Lunatic asylums Burma 1907-21 - 1907-1921
Year: 1907
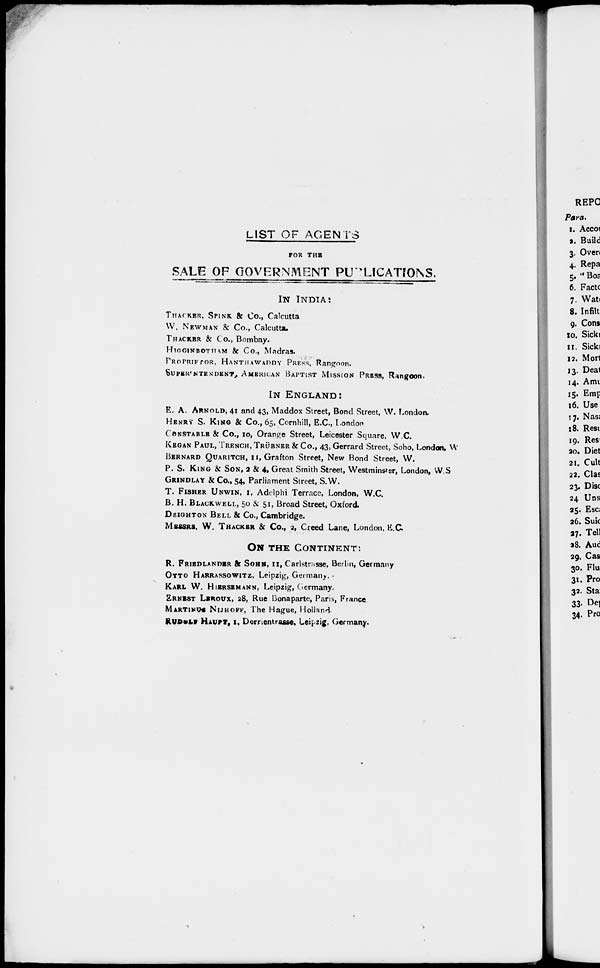
LIST OF AGENTS
FOR THE
SALE OF GOVERNMENT PUBLICATIONS.
IN INDIA:
THACKER. SPINK & Co., Calcutta
W. NEWMAN & Co., Calcutta.
THACKER & Co., Bombay.
HIGGINBOTHAM & Co., Madras.
PROPRIFTOR. HANTHAWADDY PRESS, Rangoon.
SUPERENTENDENT, AMERICAN BAPTIST MISSION PRESS, Rangoon.
IN ENGLAND:
E. A. ARNOLD, 41 and 43, Maddox Street, Bond Street, W. London.
HENRY S. KING & Co., 65, Cornhill, E.C., London
CONSTABLE & Co., 10, Orange Street, Leicester Square, W.C.
KEGAN PAUL, TRENCH, TRÜBNER & Co., 43, Gerrard Street, Soho, London, W
BERNARD QIARITCH, 11, Grafton Street, New Bond Street, W.
P. S. KING & SON, 2 & 4, Great Smith Street, Westminster, London, W.S
GRINDLAY & Co., 54, Parliament Street, S.W.
T. FISHER UNWIN, 1, Adelphi Terrace, London, W.C.
B. H. BLACKWELL, 50 & 51, Broad Street, Oxford.
DEIGHTON BELL & Co., Cambridge.
MESSRS. W. THACKER & Co., 2, Creed Lane, London, E.C
ON THE CONTINENT:
R. FRIEDLANDER & SOHN, 11, Carlstrasse, Berlin, Germany
OTTO HARRASSOWITZ, Leipzig, Germany.
KARL W. HIERSEMANN, Leipzig, Germany.
ERNEST LEROUX, 28, Rue Bonaparte, Paris, France
MARTINUE NIJHOFF, The Hague, Holland
RUDULE HAUPT, 1, Dorrientrasse, Leipzig, Germany.